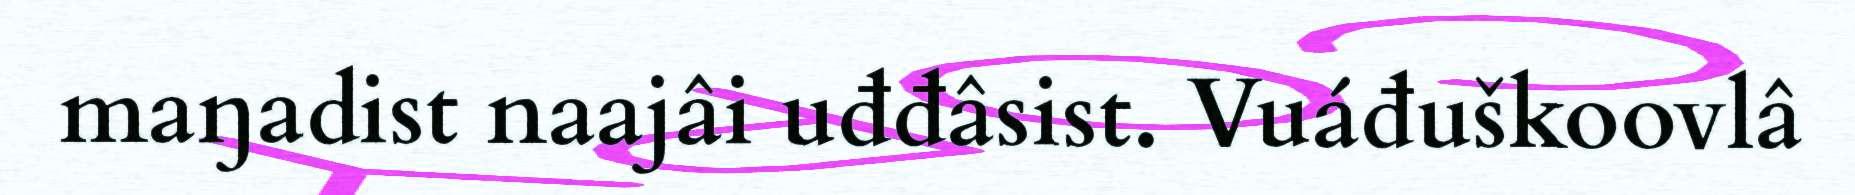
maŋadist naajâi uđđâsist. Vuáđuškoovlâ